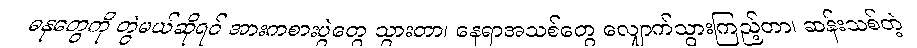
ဓနုတွေကို တွဲမယ်ဆိုရင် အားကစားပွဲတွေ သွားတာ၊ နေရာအသစ်တွေ လျှောက်သွားကြည့်တာ၊ ဆန်းသစ်တဲ့